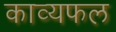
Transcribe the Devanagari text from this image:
काव्यफल